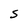
Character: S